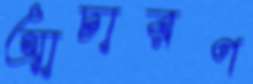
আচারণ